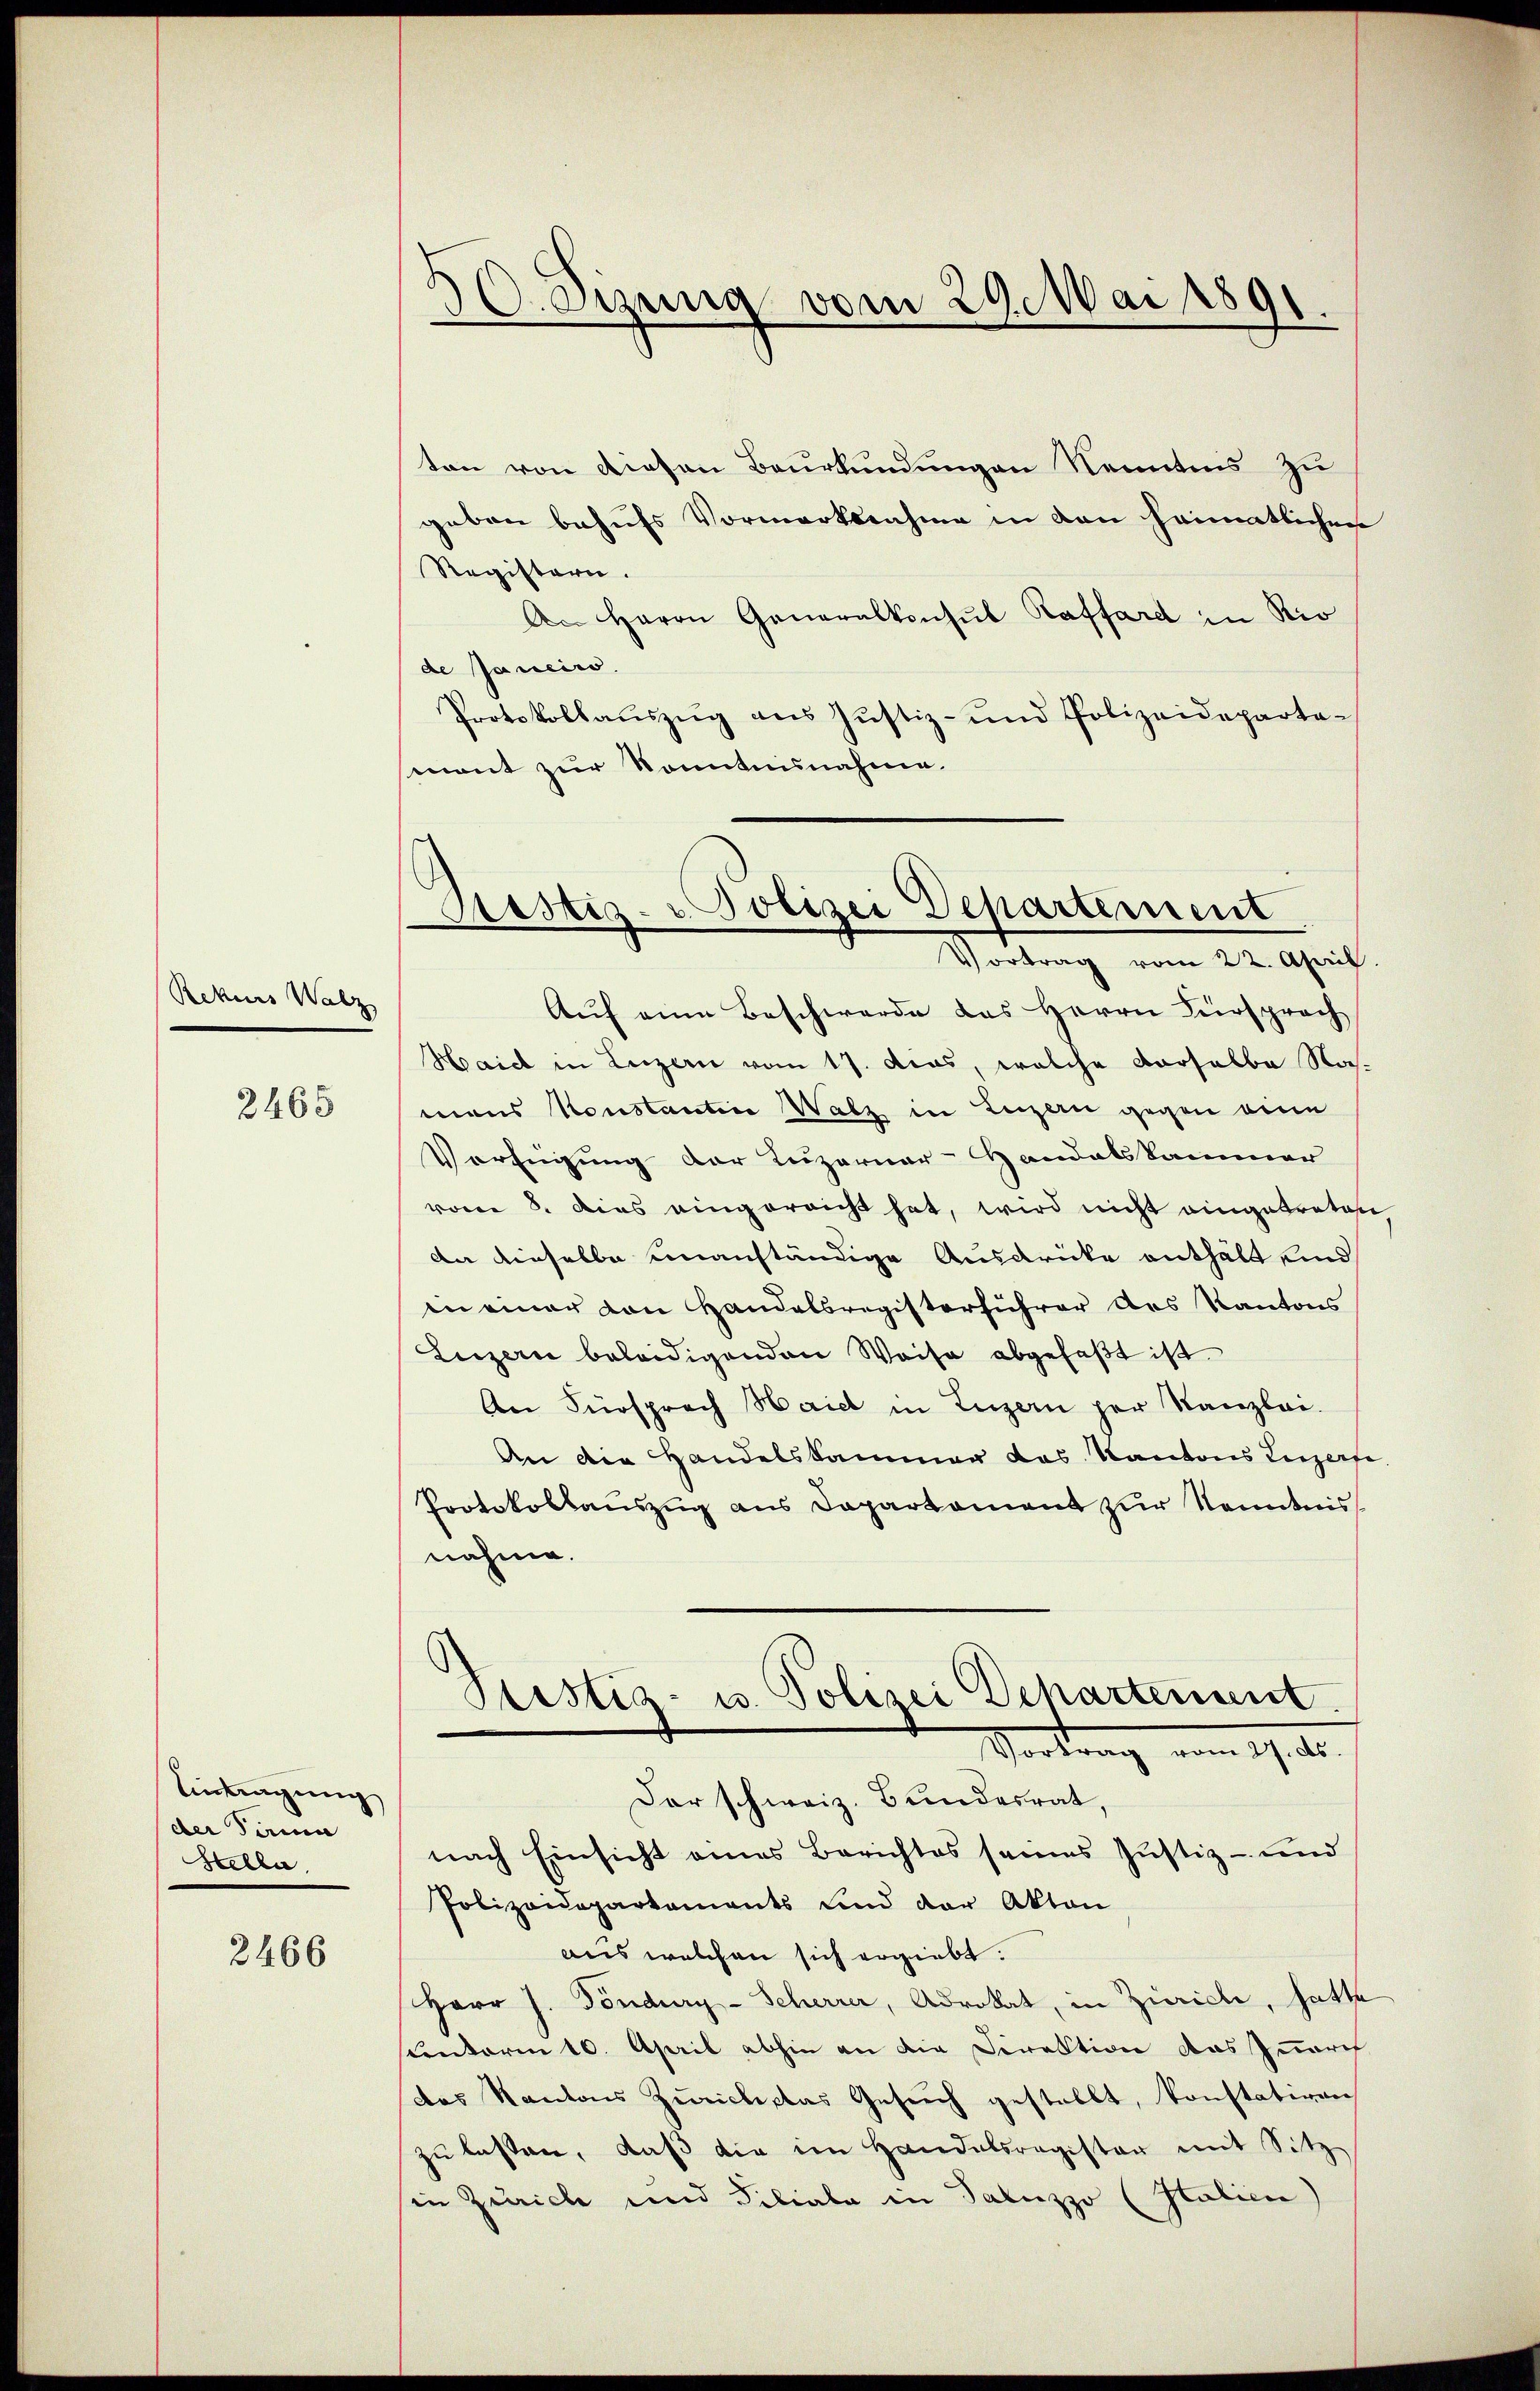
Rekes Walz

2465

Antragung
der Tama
Stella

2466

3. Sizung vom 29. Mai 1891.

ton von diesen Beurkundungen Nenntens zu
geben behufs Vormerksahme in den heimatlichen
Registern.
An Herrn Generalkonsul Raffard in Rio
de Janeiro
Protokollauszug aus Justiz- und Polizeidepartamont zur Konntnisnahme.

Restiz- Polizei Departement
Vortrag vom 22. April.

Auf eine Beschwerde das Herrn Fürsprach
Haid in Luzern vom 17. das, welche derselbe Namens Konstantin Watz in Luzern gegen eine
Verfügung der Luzerner-Handelskammer
vom 8. dies eingereicht hat, wird nicht eingetreten
da dieselbe unanständige Ausdrücke enthält unnd
in einer von Handelsregisterführer des Kantons
Luzern beleidigenden Weise abgefaßt ist
An Fürsprach Haidl in Luzern her Kanzlei-
An die Handelskammer das Kantons Luzerfe
Protokollaŭszŭg ans Departament zŭr Kenntnis
nahme.
Ptistiz- u. Polizei Departement
Vortrag vom 19. d.
Der schweiz. Bundesrat,
nach Einsicht eines Berichtes seines Justiz- und
Polizeidepartaments und der Akten
aus welchen sich ergiebt.
Herr J. Töndurg-Scherrer, Advokat, in Zürich, hatte
centerm 10. April abhin an die Direktion das Innerch
das Kantons Zürichtas Gesŭch gestellt, konstativen
zŭ lassen, daβ die im Handelsregister mit Sitz
sie Zürich und Filiale in Saluzzo (Italien